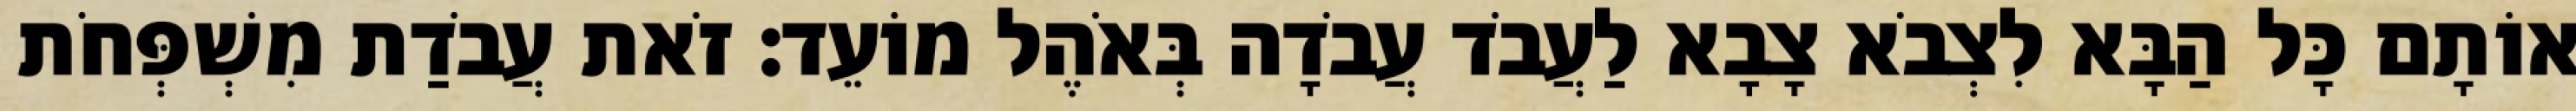
אוֹתָם כָּל הַבָּא לִצְבֹא צָבָא לַעֲבֹד עֲבֹדָה בְּאֹהֶל מוֹעֵד׃ זֹאת עֲבֹדַת מִשְׁפְּחֹת